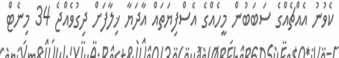
ކެވުނު އެއްޗެއްގެ ސަބަބުން މީހެއްގެ އެސްފިޔަތައް އާދަޔާ ޚިލާފަށް ދިގުވެއްޖެ 34 މިނެޓް